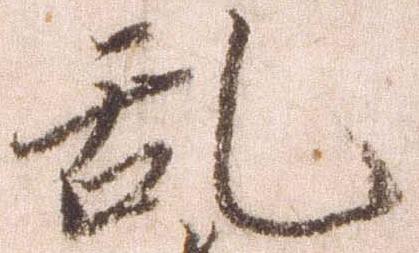
乱